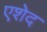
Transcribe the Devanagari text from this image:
एशेद